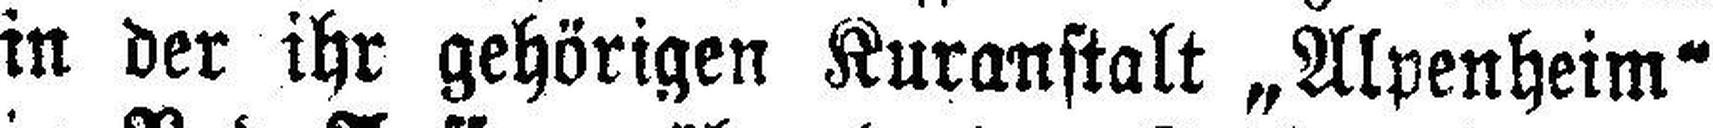
in der ihr gehörigen Kuranstalt „Alpenheim“